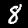
Digit: 8